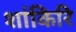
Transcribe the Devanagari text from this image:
शांकिरि